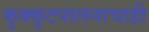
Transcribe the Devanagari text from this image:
कुक्कुटपालनाचाही